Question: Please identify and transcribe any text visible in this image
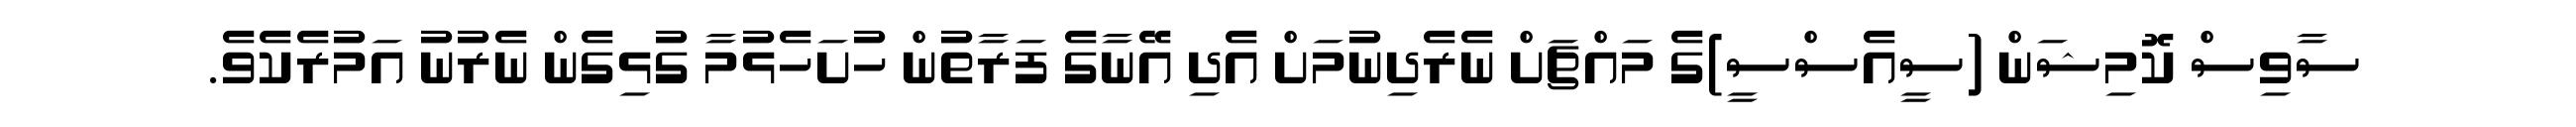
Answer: ސާވިސް ކޮމިޝަން (ސީއެސްސީ)ގެ މައްޗަށް ނެރެދިނުމަށް އެދި އޭނާގެ ފަރާތުން ހުށަހެޅުމާ ގުޅިގެން ނެރުނު އަމުރެކެވެ.